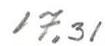
17,31